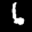
Label: 6